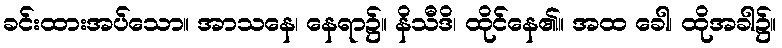
ခင်းထားအပ်သော။ အာသနေ၊ နေရာ၌။ နိသီဒိ၊ ထိုင်နေ၏။ အထ ခေါ၊ ထိုအခါ၌။